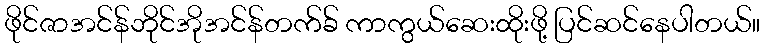
ဖိုင်ဇာအင်န်ဘိုင်အိုအင်န်တက်ခ် ကာကွယ်ဆေးထိုးဖို့ ပြင်ဆင်နေပါတယ်။